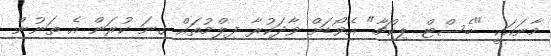
މާނައަކީ "ބެސްޓް ޕިކްޗާ" އެވޯޑަށް ވާދަކުރާ ފިލްމުތައް ގިނަ ކުރަން އެ ތަނުން